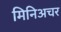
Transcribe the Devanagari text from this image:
मिनिअचर